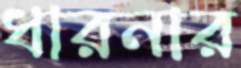
ধারনার